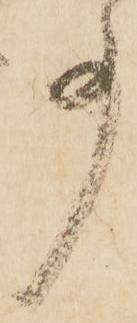
事